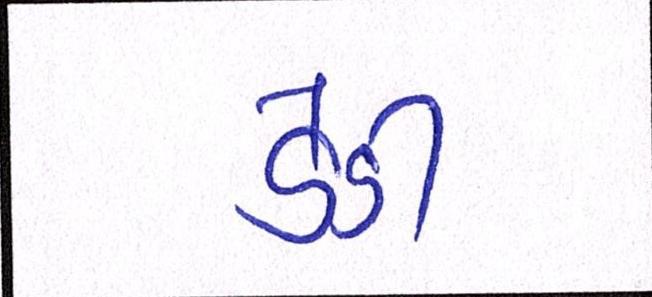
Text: ડેડી